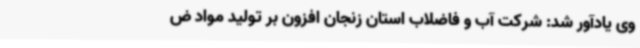
وی یادآور شد: شرکت آب و فاضلاب استان زنجان افزون‌ بر تولید مواد ض